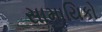
સામાયિકો